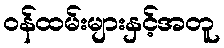
ဝန်ထမ်းများနှင့်အတူ